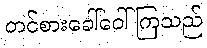
တင်စားခေါ်ဝေါ်ကြသည်